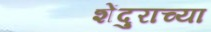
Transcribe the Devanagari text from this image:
शेंदुराच्या